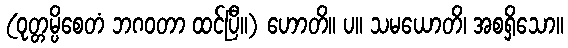
(ဝုတ္တမ္ပိစေတံ ဘဂဝတာ ထင်ပြီ။) ဟောတိ။ ပ။ သမယောတိ၊ အစရှိသော။